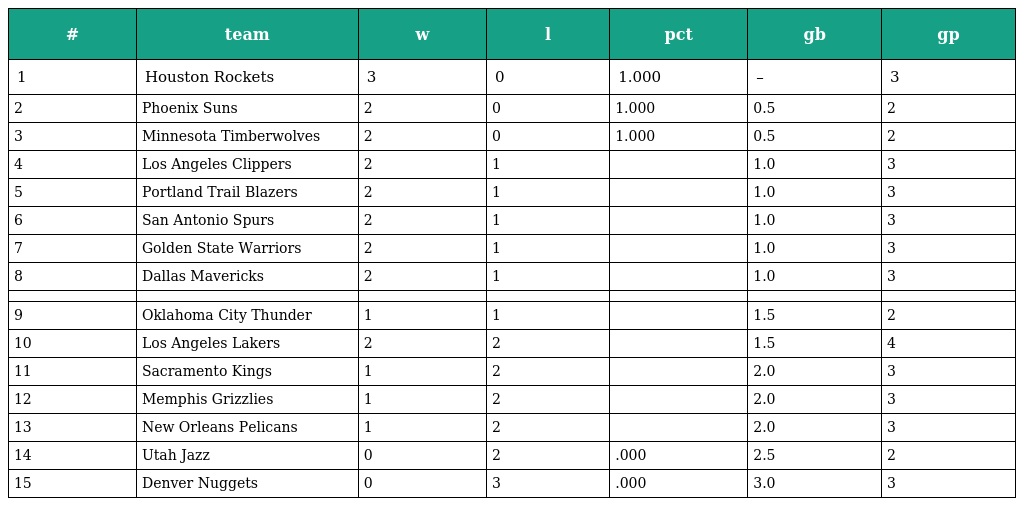
| # | team | w | l | pct | gb | gp |
 | --- | --- | --- | --- | --- | --- | --- |
 | 1 | Houston Rockets | 3 | 0 | 1.000 | – | 3 |
 | 2 | Phoenix Suns | 2 | 0 | 1.000 | 0.5 | 2 |
 | 3 | Minnesota Timberwolves | 2 | 0 | 1.000 | 0.5 | 2 |
 | 4 | Los Angeles Clippers | 2 | 1 |  | 1.0 | 3 |
 | 5 | Portland Trail Blazers | 2 | 1 |  | 1.0 | 3 |
 | 6 | San Antonio Spurs | 2 | 1 |  | 1.0 | 3 |
 | 7 | Golden State Warriors | 2 | 1 |  | 1.0 | 3 |
 | 8 | Dallas Mavericks | 2 | 1 |  | 1.0 | 3 |
 |  |  |  |  |  |  |  |
 | 9 | Oklahoma City Thunder | 1 | 1 |  | 1.5 | 2 |
 | 10 | Los Angeles Lakers | 2 | 2 |  | 1.5 | 4 |
 | 11 | Sacramento Kings | 1 | 2 |  | 2.0 | 3 |
 | 12 | Memphis Grizzlies | 1 | 2 |  | 2.0 | 3 |
 | 13 | New Orleans Pelicans | 1 | 2 |  | 2.0 | 3 |
 | 14 | Utah Jazz | 0 | 2 | .000 | 2.5 | 2 |
 | 15 | Denver Nuggets | 0 | 3 | .000 | 3.0 | 3 |